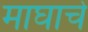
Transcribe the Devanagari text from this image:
माघाचे